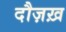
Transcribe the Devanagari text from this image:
दौज़ख़